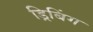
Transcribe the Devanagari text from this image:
ड्रिबिंग